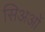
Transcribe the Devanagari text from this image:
सिअओं